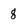
Character: 8